Annual administration report of the Civil Veterinary Department of India - 1899-1900
Year: 1899
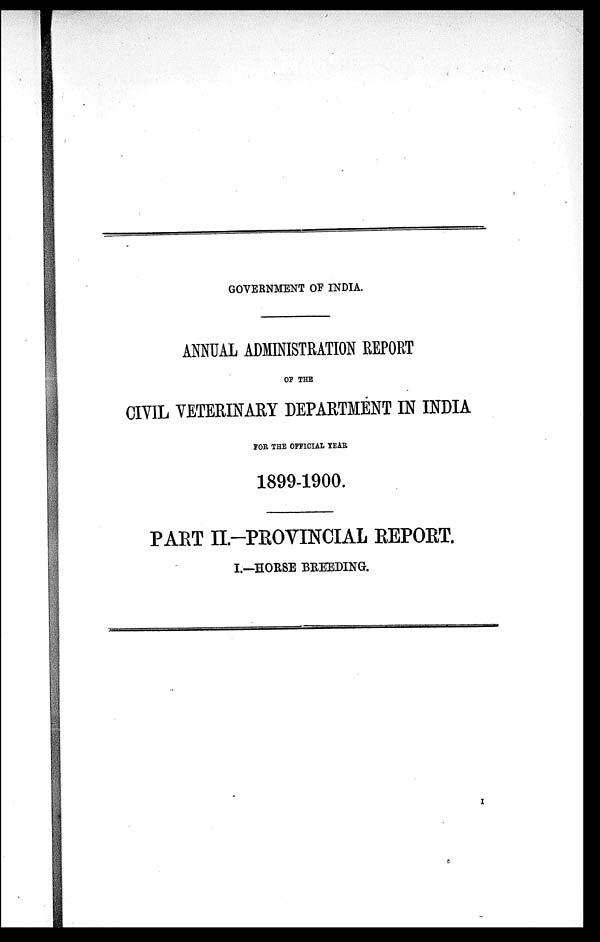
GOVERNMENT OF INDIA.
ANNUAL ADMINISTRATION REPORT
OF THE
CIVIL VETERINARY DEPARTMENT IN INDIA
FOR THE OFPICIAL YEAR
1899-1900.
PART II.—PROVINCIAL REPORT.
I.—HORSE BREEDING.
I